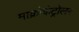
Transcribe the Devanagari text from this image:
माक्रोकंट्रोलर